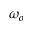
\omega _ { o }